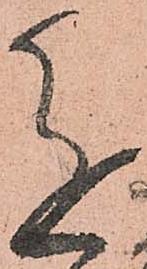
進